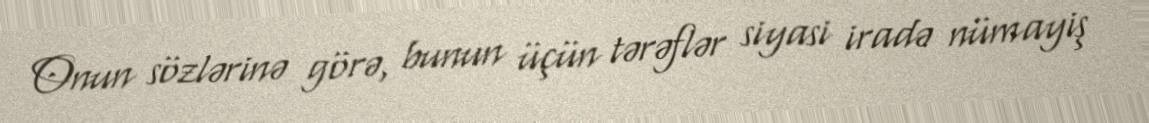
Onun sözlərinə görə, bunun üçün tərəflər siyasi iradə nümayiş